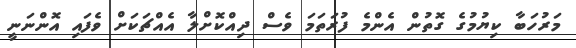
މަރުހަބާ ކިޔުމުގެ ގޮތުން އެންމެ ފުރަތަމަ ވެސް ދިއްކޮށްލާ އެއްޗަކަށް ވެފައި އޮންނަނީ